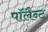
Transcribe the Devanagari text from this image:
पॉलैन्ट